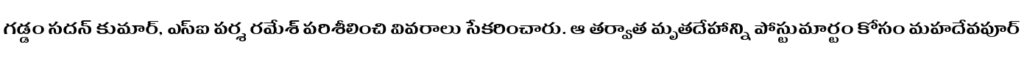
గడ్డం సదన్ కుమార్, ఎస్ఐ పర్శ రమేశ్ పరిశీలించి వివరాలు సేకరించారు. ఆ తర్వాత మృతదేహాన్ని పోస్టుమార్టం కోసం మహదేవపూర్